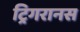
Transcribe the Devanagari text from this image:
ट्रिगरानस